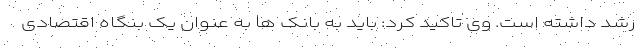
رشد داشته است. وی تاکید کرد: باید به بانک ها به عنوان یک بنگاه اقتصادی